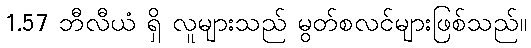
1.57 ဘီလီယံ ရှိ လူများသည် မွတ်စလင်များဖြစ်သည်။